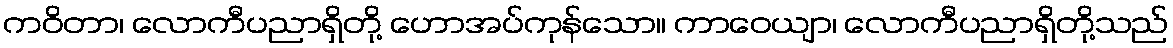
ကဝိတာ၊ လောကီပညာရှိတို့ ဟောအပ်ကုန်သော။ ကာဝေယျာ၊ လောကီပညာရှိတို့သည်